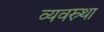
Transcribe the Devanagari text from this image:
व्यवस्र्था